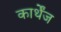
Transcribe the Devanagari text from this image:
कार्थेंज